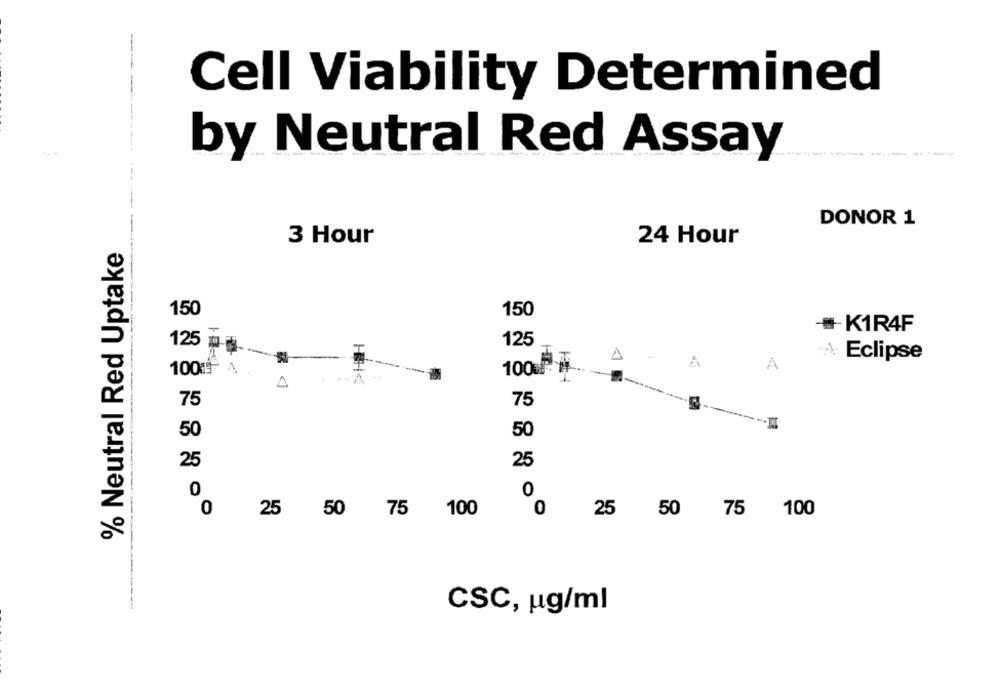
-
--
Cell Viability Determined
by Neutral Red Assay
DONOR 1
3 Hour
24 Hour
% Neutral Red Uptake
150
150
- K1R4F
125
125 m-
Eclipse
A
10019
100
75
75
50
50
25
25
0
0
0
25
100
0
25
100
50 75
50
75
CSC, ug/ml